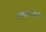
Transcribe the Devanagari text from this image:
समुद्राशीही